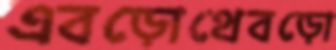
এবড়োথেবড়ো